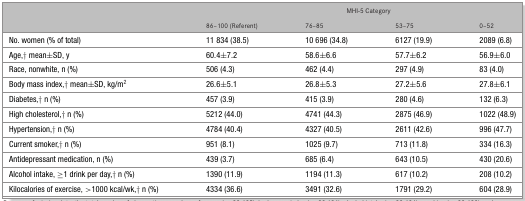
<table><thead><tr><td></td><td colspan="4"><b>MHI-5 Category</b></td></tr><tr><td></td><td><b>86–100 (Referent)</b></td><td><b>76–85</b></td><td><b>53–75</b></td><td><b>0–52</b></td></tr></thead><tbody><tr><td>No. women (% of total)</td><td>11 834 (38.5)</td><td>10 696 (34.8)</td><td>6127 (19.9)</td><td>2089 (6.8)</td></tr><tr><td>Age,† mean±SD, y</td><td>60.4±7.2</td><td>58.6±6.6</td><td>57.7±6.2</td><td>56.9±6.0</td></tr><tr><td>Race, nonwhite, n (%)</td><td>506 (4.3)</td><td>462 (4.4)</td><td>297 (4.9)</td><td>83 (4.0)</td></tr><tr><td>Body mass index,† mean±SD, kg/m<sup>2</sup></td><td>26.6±5.1</td><td>26.8±5.3</td><td>27.2±5.6</td><td>27.8±6.1</td></tr><tr><td>Diabetes,† n (%)</td><td>457 (3.9)</td><td>415 (3.9)</td><td>280 (4.6)</td><td>132 (6.3)</td></tr><tr><td>High cholesterol,† n (%)</td><td>5212 (44.0)</td><td>4741 (44.3)</td><td>2875 (46.9)</td><td>1022 (48.9)</td></tr><tr><td>Hypertension,† n (%)</td><td>4784 (40.4)</td><td>4327 (40.5)</td><td>2611 (42.6)</td><td>996 (47.7)</td></tr><tr><td>Current smoker,† n (%)</td><td>951 (8.1)</td><td>1025 (9.7)</td><td>713 (11.8)</td><td>334 (16.3)</td></tr><tr><td>Antidepressant medication, n (%)</td><td>439 (3.7)</td><td>685 (6.4)</td><td>643 (10.5)</td><td>430 (20.6)</td></tr><tr><td>Alcohol intake, ≥1 drink per day,† n (%)</td><td>1390 (11.9)</td><td>1194 (11.3)</td><td>617 (10.2)</td><td>208 (10.2)</td></tr><tr><td>Kilocalories of exercise, &gt;1000 kcal/wk,† n (%)</td><td>4334 (36.6)</td><td>3491 (32.6)</td><td>1791 (29.2)</td><td>604 (28.9)</td></tr></tbody></table>